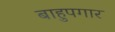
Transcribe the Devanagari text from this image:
बाहुपगार